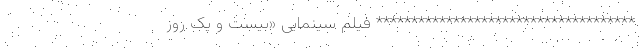
************************************* فیلم سینمایی «بیست و یک روز